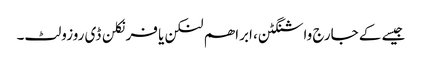
جیسے کے جارج واشنگٹن، ابراھم لنکن یا فرنکلن ڈی روزولٹ۔